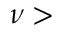
\nu >